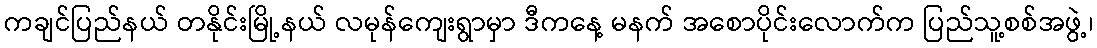
ကချင်ပြည်နယ် တနိုင်းမြို့နယ် လမုန်ကျေးရွာမှာ ဒီကနေ့ မနက် အစောပိုင်းလောက်က ပြည်သူ့စစ်အဖွဲ့၊